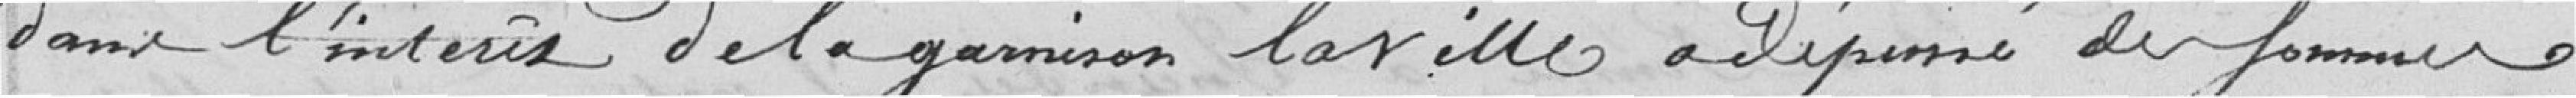
dans l'intérêt de la garnison, la ville a dépensé des sommes